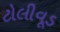
ટોલીવૂડ